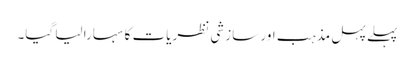
پہلے پہل مذہب اور سازشی نظریات کا سہارا لیا گیا۔